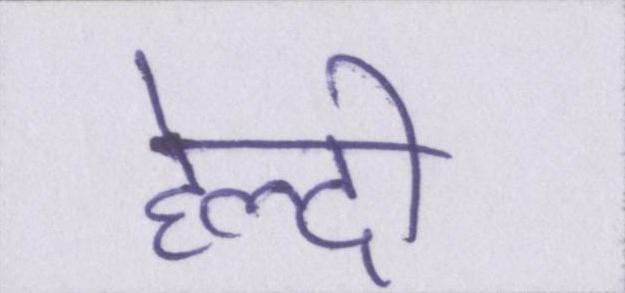
हेल्दी